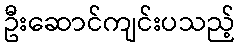
ဦးဆောင်ကျင်းပသည့်